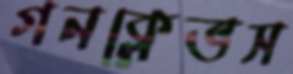
গনক্লেভস